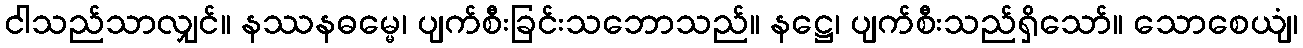
ငါသည်သာလျှင်။ နဿနဓမ္မေ၊ ပျက်စီးခြင်းသဘောသည်။ နဋ္ဌေ၊ ပျက်စီးသည်ရှိသော်။ သောစေယျံ၊